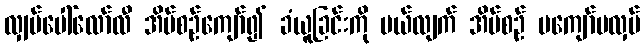
လျှပ်ပေါ်လော်လီ အိမ်စဉ်ကျော်၍ ခံယူခြင်းကို ပယ်လျက် အိမ်စဉ် မကျော်မလှပ်